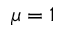
\mu = 1